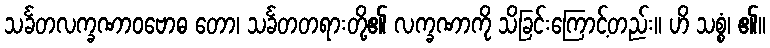
သင်္ခတလက္ခဏာဝဗောဓ တော၊ သင်္ခတတရားတို့၏ လက္ခဏာကို သိခြင်းကြောင့်တည်း။ ဟိ သစ္စံ၊ ၏။